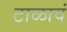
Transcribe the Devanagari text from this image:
टाळावं